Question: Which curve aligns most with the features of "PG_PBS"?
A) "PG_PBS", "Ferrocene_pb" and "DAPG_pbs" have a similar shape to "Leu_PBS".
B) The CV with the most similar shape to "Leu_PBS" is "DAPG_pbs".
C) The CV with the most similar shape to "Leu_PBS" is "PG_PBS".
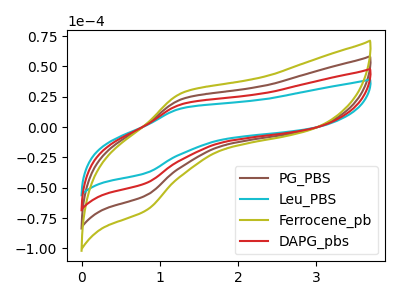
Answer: <think>The brown curve "PG_PBS" has an anodic peak at (1.30V, 37.95uA) and a cathodic peak at (0.80V, -92.55uA). The cyan curve "Leu_PBS" has an anodic peak at (1.30V, 15.55uA) and a cathodic peak at (0.80V, -37.95uA). The olive curve "Ferrocene_pb" has an anodic peak at (1.30V, 56.95uA) and a cathodic peak at (0.80V, -138.85uA). The red curve "DAPG_pbs" has an anodic peak at (1.30V, 19.00uA) and a cathodic peak at (0.80V, -46.30uA).
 All the peaks in "PG_PBS" have a peak in "Leu_PBS" at the same potential. Every peak in "PG_PBS" is higher than every peak in "Leu_PBS". All the peaks in "PG_PBS" have a peak in "Ferrocene_pb" at the same potential. Every peak in "PG_PBS" is lower than every peak in "Ferrocene_pb". All the peaks in "PG_PBS" have a peak in "DAPG_pbs" at the same potential. Every peak in "PG_PBS" is higher than every peak in "DAPG_pbs". All the peaks in "Leu_PBS" have a peak in "Ferrocene_pb" at the same potential. Every peak in "Leu_PBS" is lower than every peak in "Ferrocene_pb". All the peaks in "Leu_PBS" have a peak in "DAPG_pbs" at the same potential. Every peak in "Leu_PBS" is lower than every peak in "DAPG_pbs". All the peaks in "Ferrocene_pb" have a peak in "DAPG_pbs" at the same potential. Every peak in "Ferrocene_pb" is higher than every peak in "DAPG_pbs".</think>
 <answer>A) "PG_PBS", "Ferrocene_pb" and "DAPG_pbs" have a similar shape to "Leu_PBS".</answer>
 <eval>A</eval>